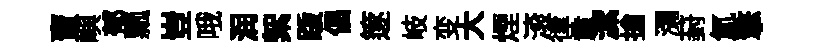
賣嶼郁瓢豈哦润絮䟦倡篴岐变大煙滚律童潔搶瀰葑氲擎